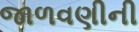
જાળવણીની